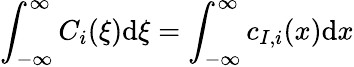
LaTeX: \int_{-\infty}^{\infty}C_{i}(\xi)\mathrm{d}\xi=\int_{-\infty}^{\infty}c_{I,i}(x)\mathrm{d}x